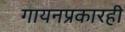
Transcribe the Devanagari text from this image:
गायनप्रकारही